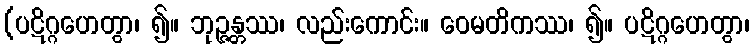
(ပဋိဂ္ဂဟေတွာ၊ ၍။ ဘုဉ္ဇန္တဿ၊ လည်းကောင်း။ ဝေမတိကဿ၊ ၍။ ပဋိဂ္ဂဟေတွာ၊